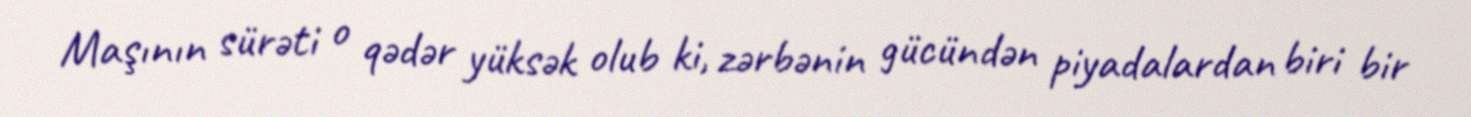
Maşının sürəti o qədər yüksək olub ki, zərbənin gücündən piyadalardan biri bir